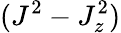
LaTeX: (J^{2}-J_{z}^{2})